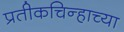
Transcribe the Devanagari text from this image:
प्रतीकचिन्हाच्या